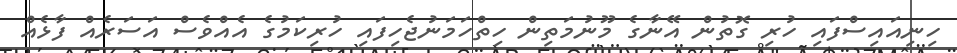
ހިނިއައިސްފައި ހުރި ގޮތުން އޭނާގެ މޫނުމަތިން ހިތްހަމަނުޖެހިފައި ހުރިކަމުގެ އެއްވެސް އަސަރެއް ފާޅެއް